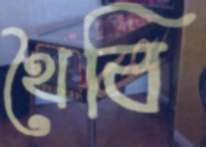
থৈবি